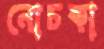
নোচকা